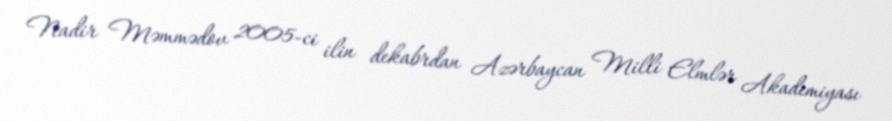
Nadir Məmmədov 2005-ci ilin dekabrdan Azərbaycan Milli Elmlər Akademiyası